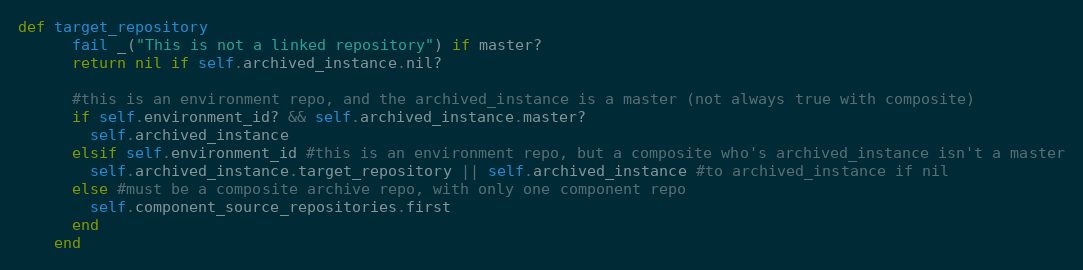
Language: Ruby
def target_repository
      fail _("This is not a linked repository") if master?
      return nil if self.archived_instance.nil?

      #this is an environment repo, and the archived_instance is a master (not always true with composite)
      if self.environment_id? && self.archived_instance.master?
        self.archived_instance
      elsif self.environment_id #this is an environment repo, but a composite who's archived_instance isn't a master
        self.archived_instance.target_repository || self.archived_instance #to archived_instance if nil
      else #must be a composite archive repo, with only one component repo
        self.component_source_repositories.first
      end
    end